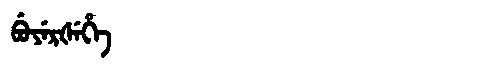
Manchu: ᠪᡠᠶᡝᡵᡧᡝᡥᡝ
Romanization: BUYERŠEHE